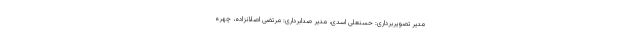
مدیر تصویربرداری: حسنعلی اسدی، مدیر صدابرداری: مرتضی اصلانزاده، چهره